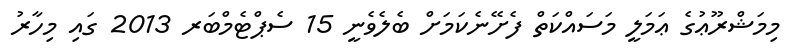
މިމަޝްރޫޢުގެ ޢަމަލީ މަސައްކަތް ފެށޭނެކަމަށް ބެލެވެނީ 15 ސެޕްޓެމްބަރ 2013 ގައި މިހާރު